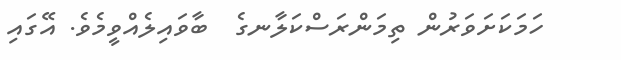
ހަމަކަށަވަރުން ތިމަންރަސްކަލާނގެ  ބާވައިލެއްވީމެވެ. އޭގައި